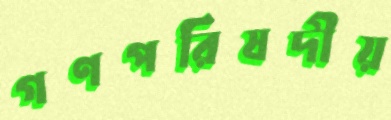
গণপরিষদীয়